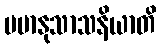
မမာနုသာသနိယာတိ